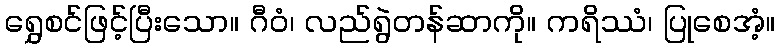
ရွှေစင်ဖြင့်ပြီးသော။ ဂီဝံ၊ လည်ရွဲတန်ဆာကို။ ကရိဿံ၊ ပြုစေအံ့။